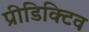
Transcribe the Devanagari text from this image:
प्रीडिक्टिव